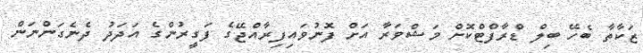
ޒަކާތާ ބެހޭ ބިލް ޑްރާފްޓްކޮށް މަޝްވަރާ އަށް ފޮނުވައިފިރާއްޖޭގެ ފަގީރުންގެ އަދަދު ދެނެގަންނަން